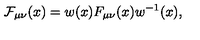
{ \mathcal F _ { \mu \nu } } ( x ) = w ( x ) F _ { \mu \nu } ( x ) w ^ { - 1 } ( x ) ,